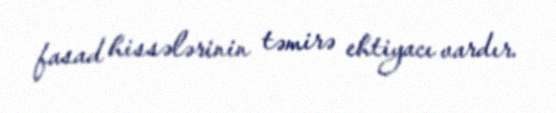
fasad hissələrinin təmirə ehtiyacı vardır.